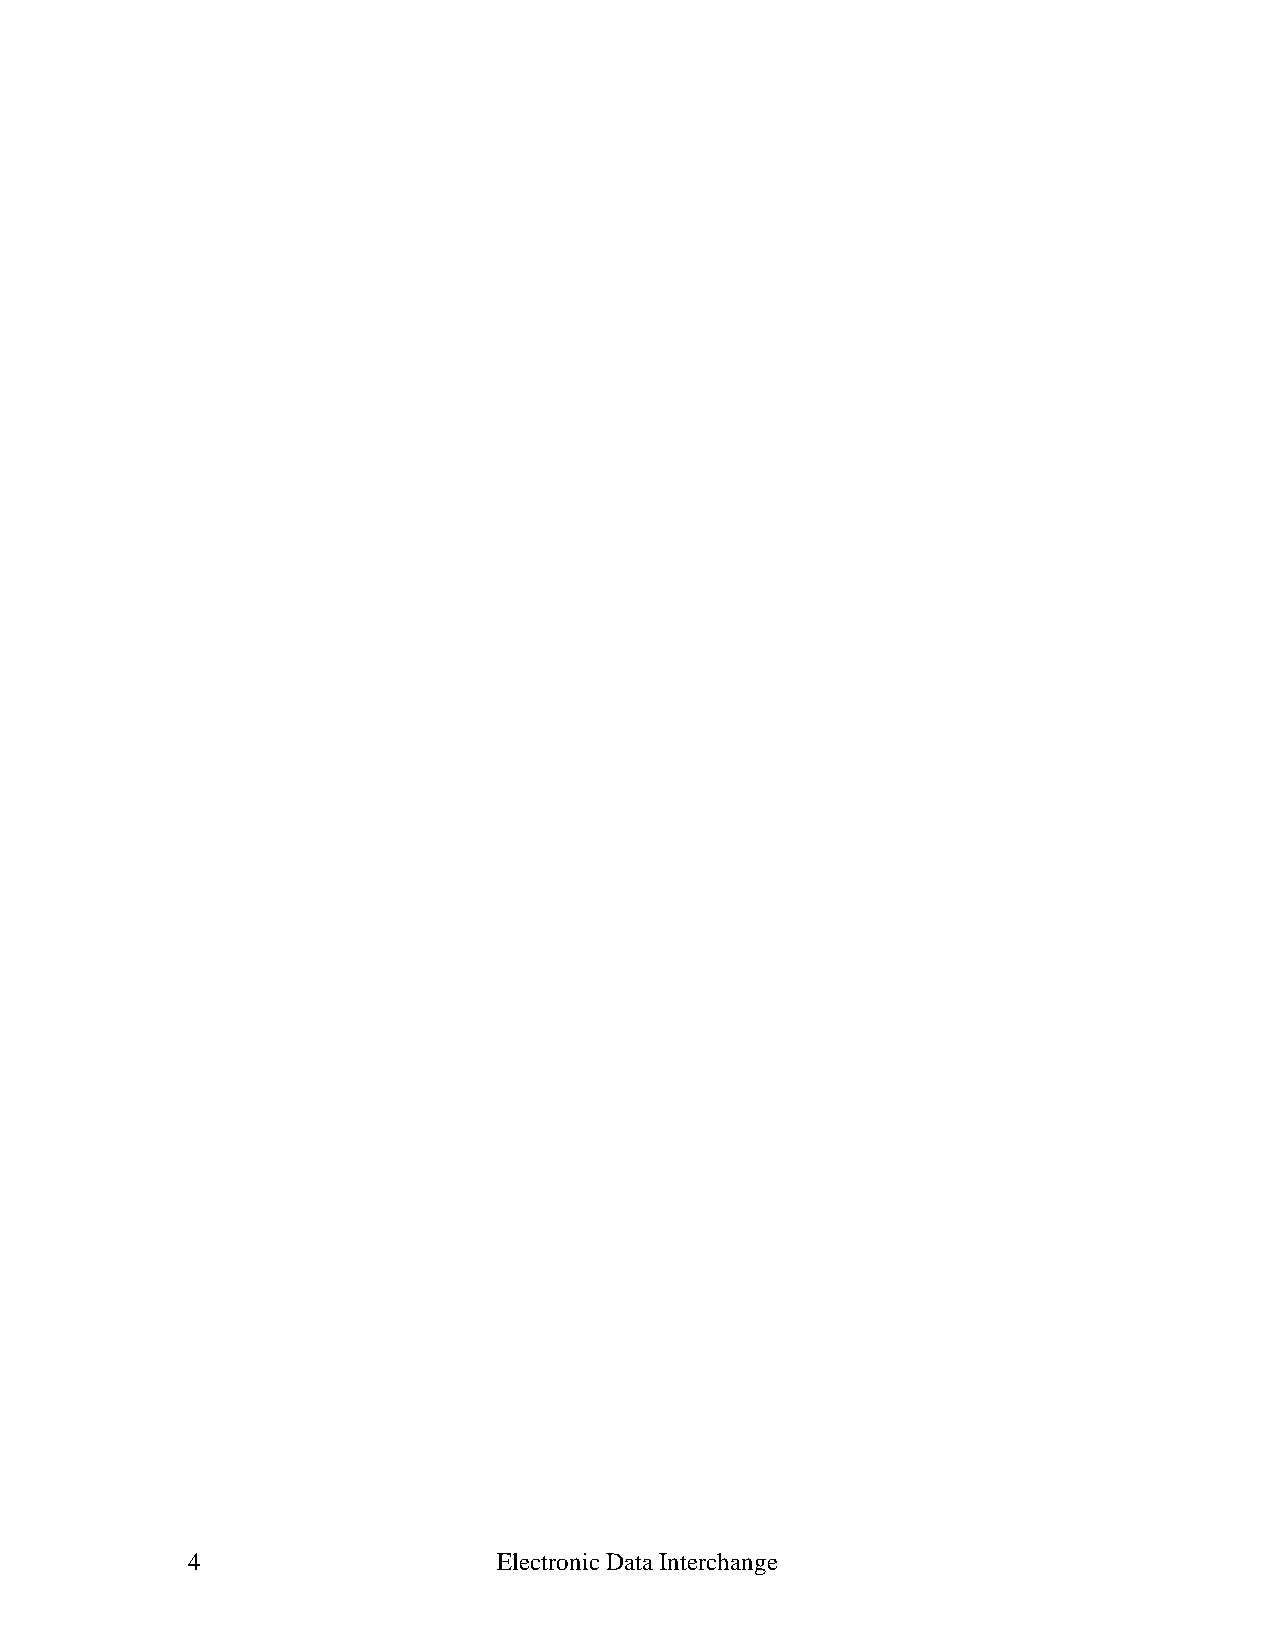
4                    Electronic Data Interchange